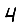
Digit: 4